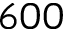
6 0 0